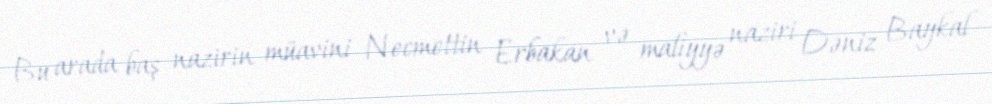
Bu arada baş nazirin müavini Necmettin Erbakan və maliyyə naziri Dəniz Baykal